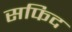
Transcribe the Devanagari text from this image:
सफिद